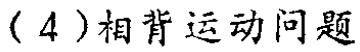
(4)相背运动问题